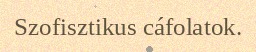
Szofisztikus cáfolatok.